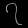
Digit: ၇